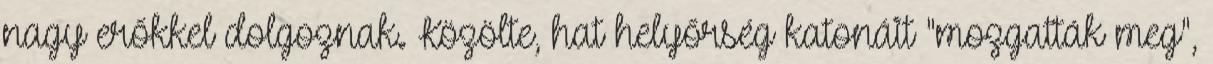
nagy erőkkel dolgoznak. Közölte, hat helyőrség katonáit "mozgatták meg",